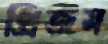
প্রিজম